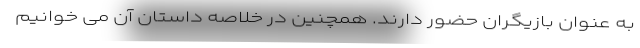
به عنوان بازیگران حضور دارند. همچنین در خلاصه داستان آن می خوانیم